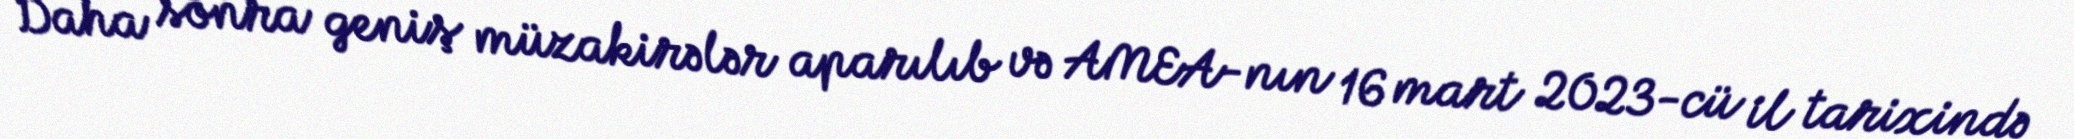
Daha sonra geniş müzakirələr aparılıb və AMEA-nın 16 mart 2023-cü il tarixində